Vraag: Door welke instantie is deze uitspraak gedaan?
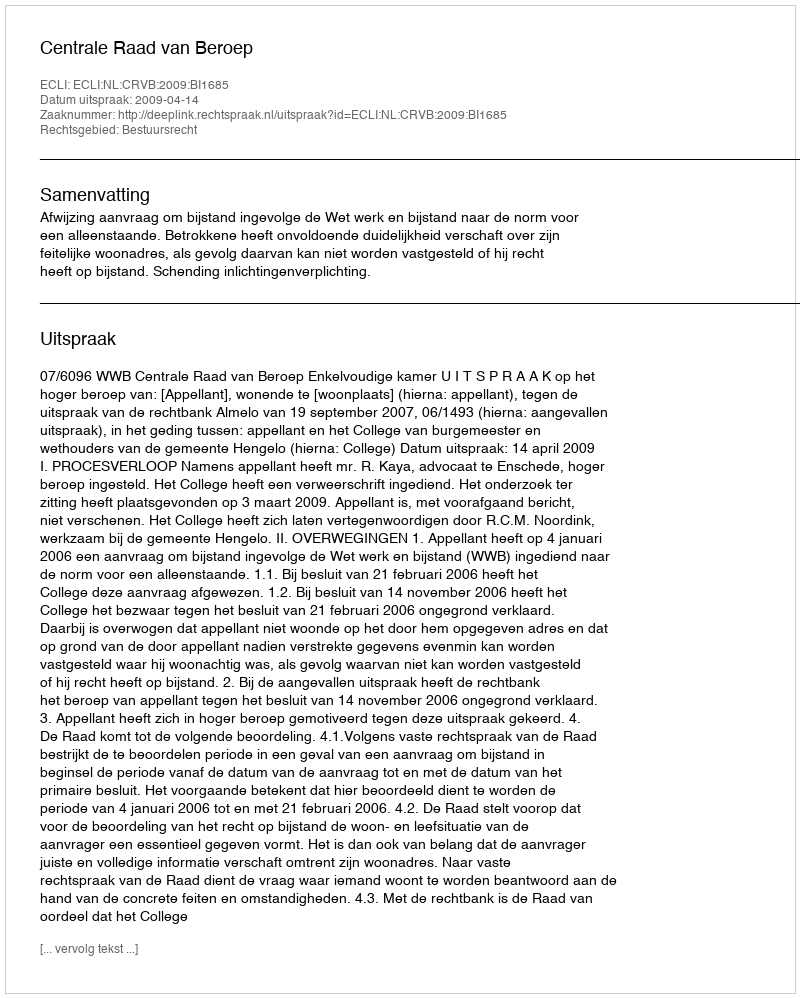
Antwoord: Centrale Raad van Beroep